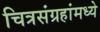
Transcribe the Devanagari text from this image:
चित्रसंग्रहांमध्ये